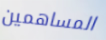
المساهمين